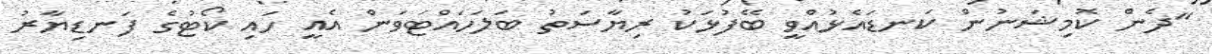
"ދެން ކޮމިޝަނުން ކަނޑައެޅުއްވީ ބޭފުޅަކު ރިޔާސަތު ބަލަހައްޓަވަން އެއީ ހައި ކޯޓުގެ ފަނޑިޔާރު